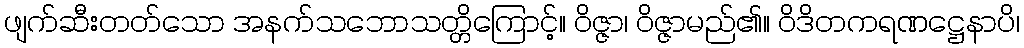
ဖျက်ဆီးတတ်သော အနက်သဘောသတ္တိကြောင့်။ ဝိဇ္ဇာ၊ ဝိဇ္ဇာမည်၏။ ဝိဒိတကရဏဋ္ဌေနာပိ၊